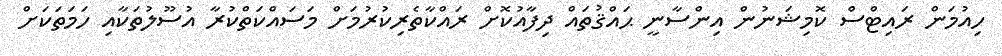
ހިއުމަން ރައިޓްސް ކޮމިޝަނުން އިންސާނީ ޙައްޤުތައް ދިފާއުކޮށް ރައްކާތެރިކުުރުމަށް މަސައްކަތްކުރާ އުސޫލުތަކާއި ހަމަތަކަށް